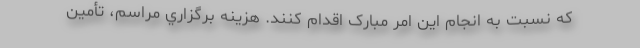
که نسبت به انجام اين امر مبارک اقدام کنند. هزينه برگزاري مراسم، تأمين